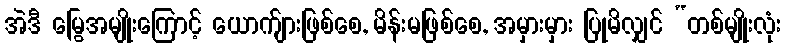
အဲဒီ မြွေအမျိုးကြောင့် ယောက်ျားဖြစ်စေ, မိန်းမဖြစ်စေ, အမှားမှား ပြုမိလျှင် “တစ်မျိုးလုံး